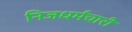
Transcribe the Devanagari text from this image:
निजधर्मचारी